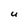
Character: U